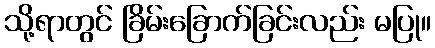
သို့ရာတွင် ခြိမ်းခြောက်ခြင်းလည်း မပြု။